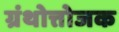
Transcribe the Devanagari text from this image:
ग्रंथोत्तोजक